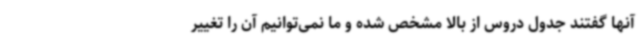
آنها گفتند جدول دروس از بالا مشخص شده و ما نمی‌توانیم آن را تغییر